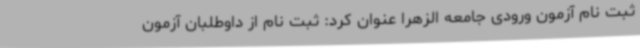
ثبت نام آزمون ورودی جامعه الزهرا ‌عنوان کرد: ثبت نام از داوطلبان آزمون